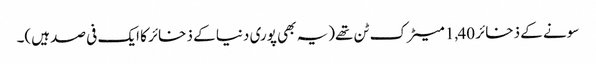
سونے کے ذخائر 1,40 میٹرک ٹن تھے(یہ بھی پوری دنیا کے ذخائر کا ایک فی صد ہیں)۔